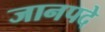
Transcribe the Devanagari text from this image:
जानपदे